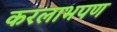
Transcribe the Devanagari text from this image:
करलाभपण